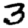
Digit: 3